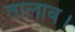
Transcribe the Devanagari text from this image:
तालाब।